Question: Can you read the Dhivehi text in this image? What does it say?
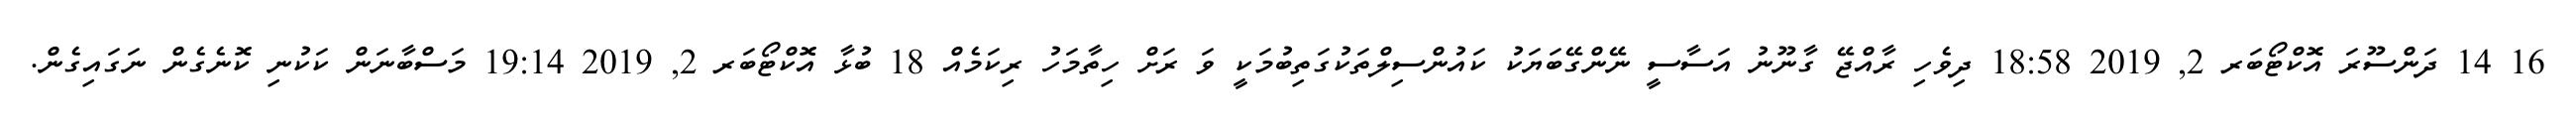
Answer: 16 14 ދަންސޫރަ އޮކްޓޯބަރ 2, 2019 18:58 ދިވެހި ރާއްޖޭ ގާނޫނު އަސާސީ ނޭންގޭބަޔަކު ކައުންސިލްތަކުގަތިބުމަކީ ވަ ރަށް ހިތާމަހު ރިކަމެއް 18 ބުޅާ އޮކްޓޯބަރ 2, 2019 19:14 މަސްބާނަން ކަކުނި ކޮނެގެން ނަގައިގެން.